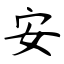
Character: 安